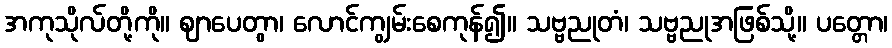
အကုသိုလ်တို့ကို။ ဈာပေတွာ၊ လောင်ကျွမ်းစေကုန်၍။ သဗ္ဗညုတံ၊ သဗ္ဗညုအဖြစ်သို့။ ပတ္တော၊